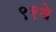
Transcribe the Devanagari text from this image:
९१वे